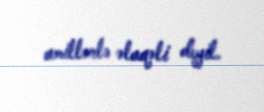
amillərlə əlaqəli deyil.